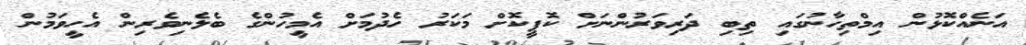
އަނެއްކޮޅުން އިމްތިހާނުގައި ތިބި ދަރިވަރުންނަށް ކޮޕީކޮށް މަކަރު ހެދުމަށް އެމީހުންގެ ބެލެނިވެރިން އެހީވަމުން